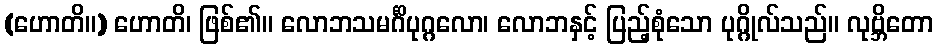
(ဟောတိ။) ဟောတိ၊ ဖြစ်၏။ လောဘသမင်္ဂိပုဂ္ဂလော၊ လောဘနှင့် ပြည့်စုံသော ပုဂ္ဂိုလ်သည်။ လုဗ္ဘိတော